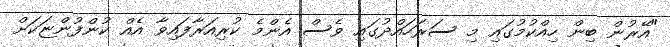
"އޭރުން ބިން ހިއްކުމުގައި މި ސަރަހައްދުގައި ވެސް އެންމެ ކުރިއަރާފައިވާ އެއް ކުންފުންޏަކަށް